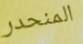
المنحدر